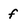
Character: f